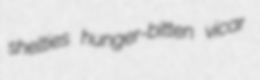
shelties hunger-bitten vicar